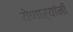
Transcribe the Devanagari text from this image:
येणार्‍यांनी